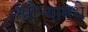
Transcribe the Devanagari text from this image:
खोऱ्यामधे